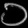
Digit: ၁